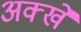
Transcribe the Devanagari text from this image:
अक्खे